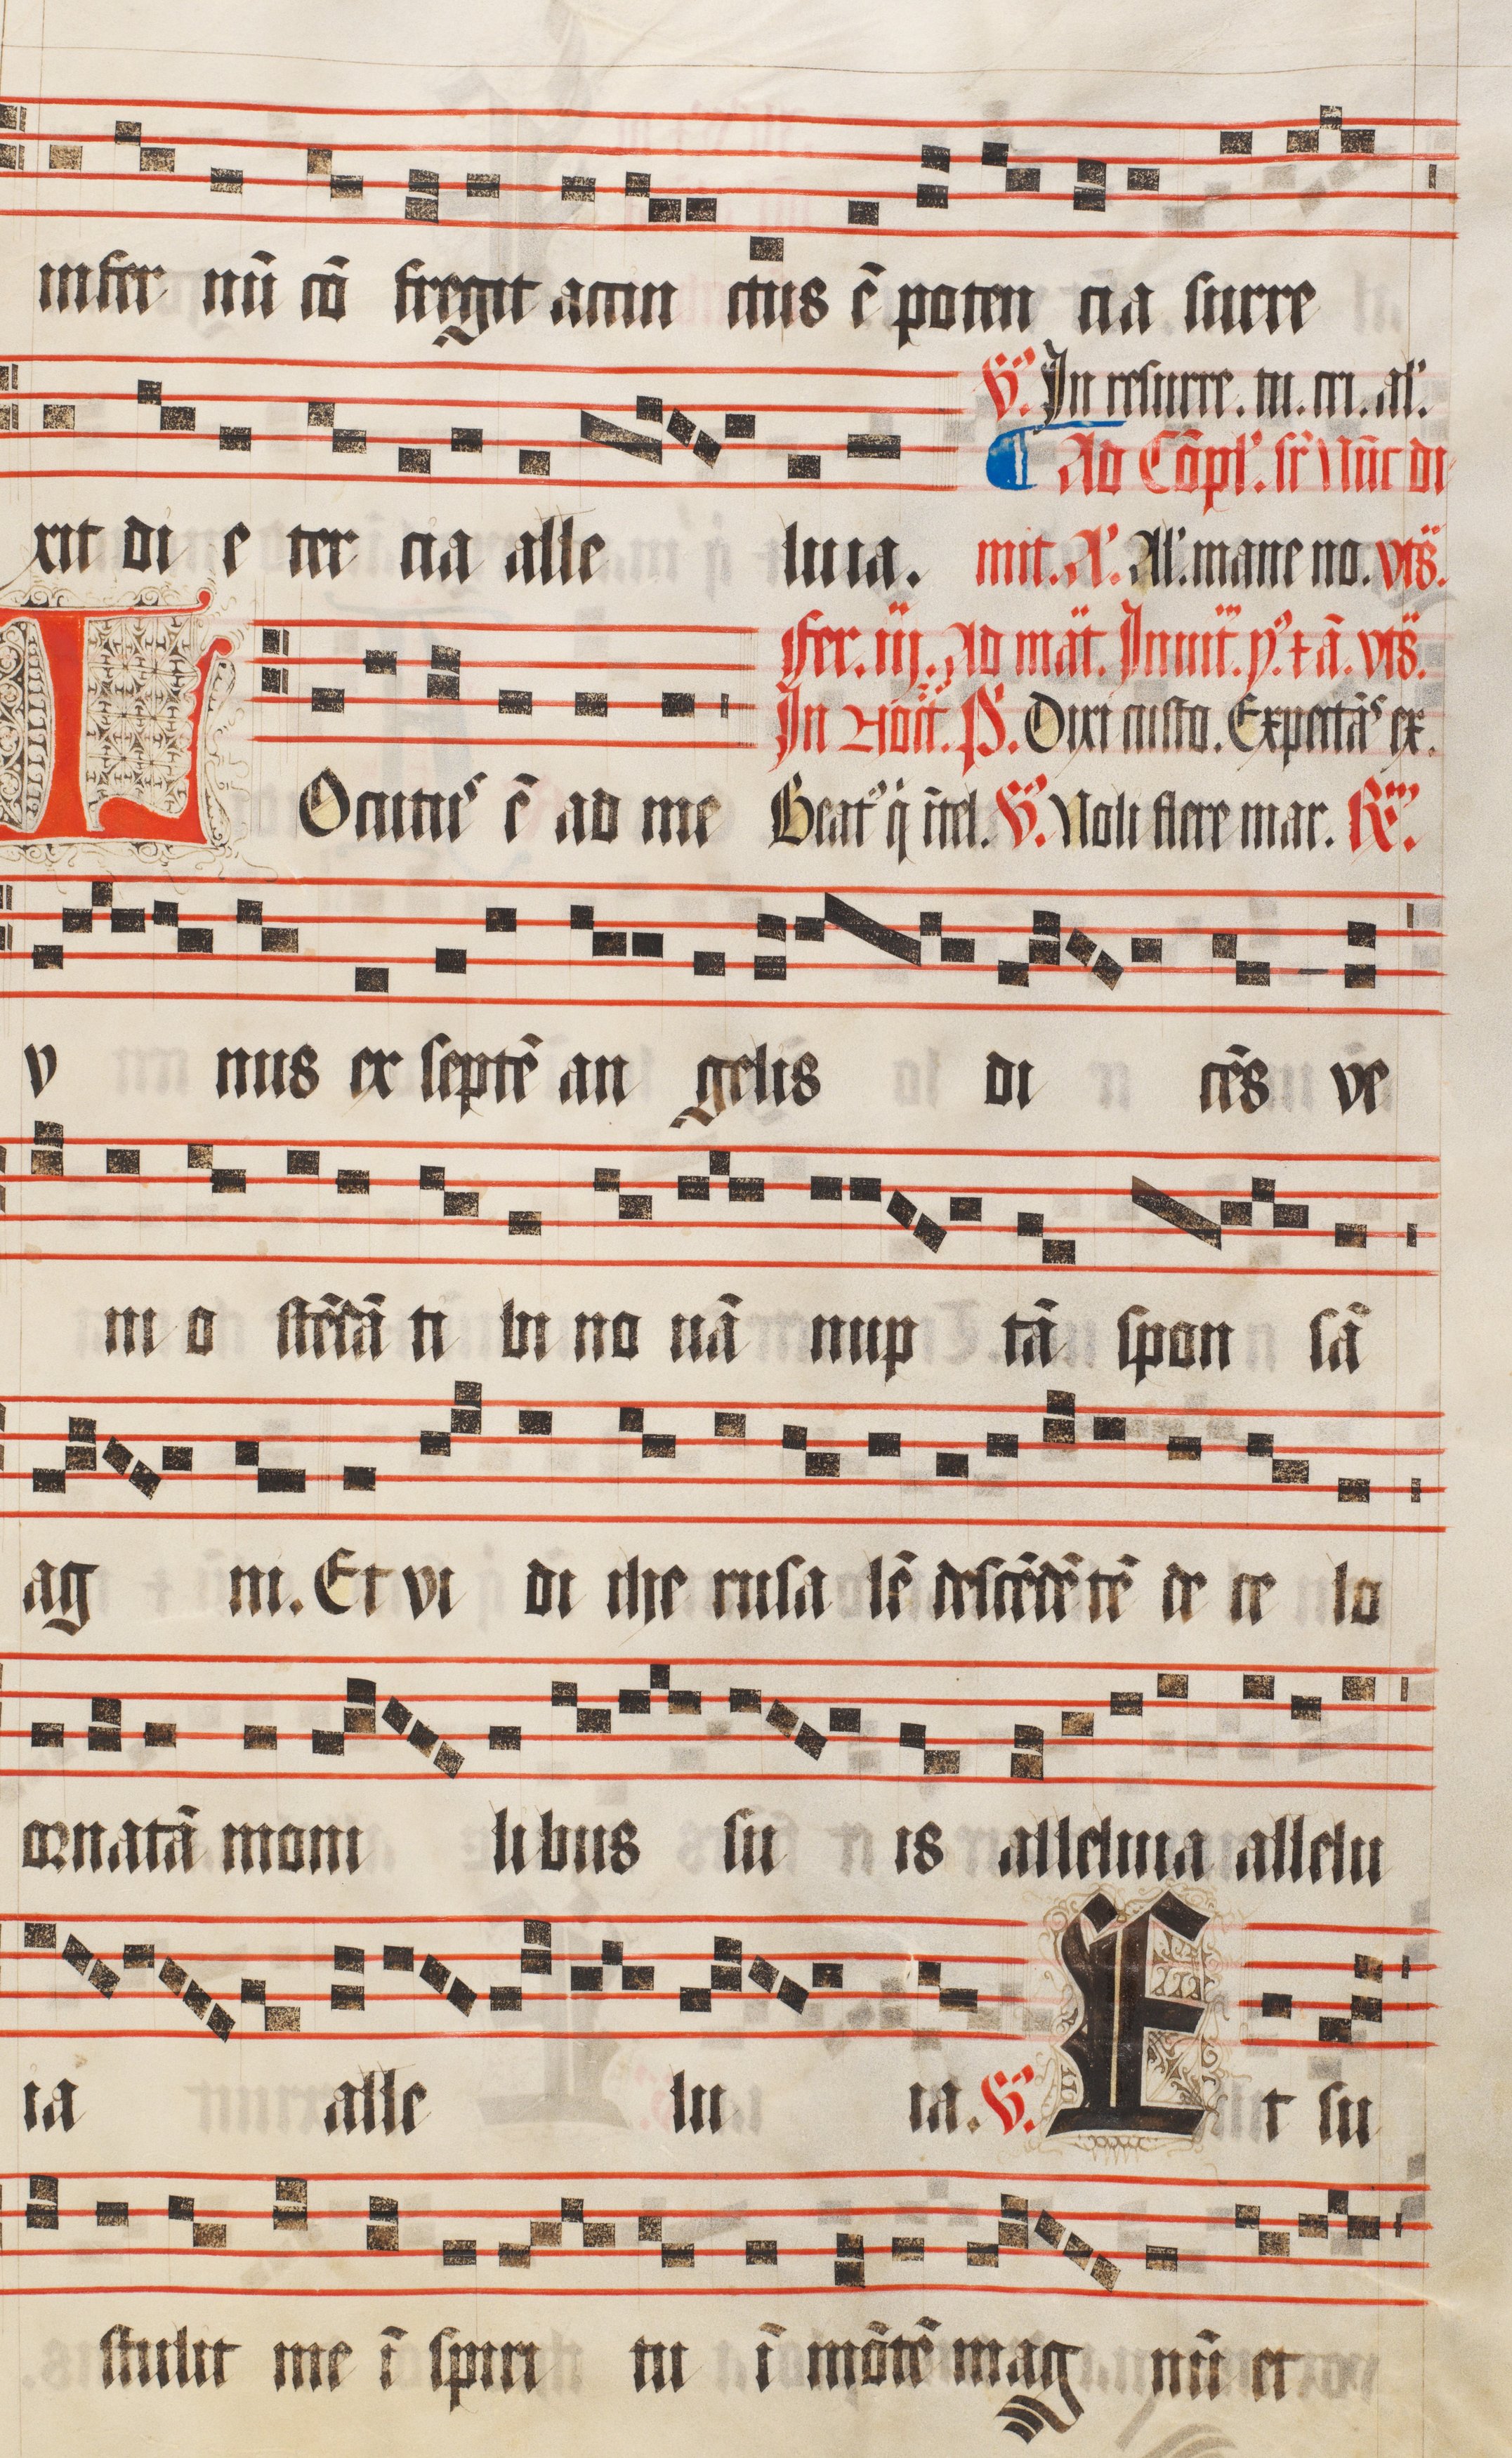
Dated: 1509–1517